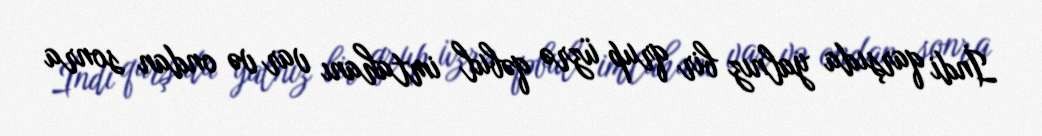
İndi qarşıda yalnız bir qrup üzrə qəbul imtahanı var və ondan sonra